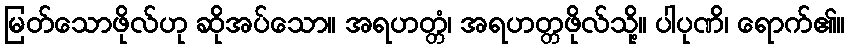
မြတ်သောဖိုလ်ဟု ဆိုအပ်သော။ အရဟတ္တံ၊ အရဟတ္တဖိုလ်သို့။ ပါပုဏိ၊ ရောက်၏။